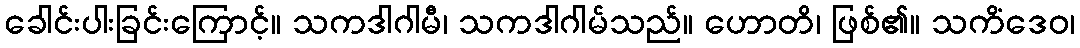
ခေါင်းပါးခြင်းကြောင့်။ သကဒါဂါမီ၊ သကဒါဂါမ်သည်။ ဟောတိ၊ ဖြစ်၏။ သကိံဒေဝ၊